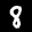
Label: 8